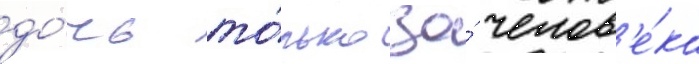
до́чь то́лько за́ челов'е́ка